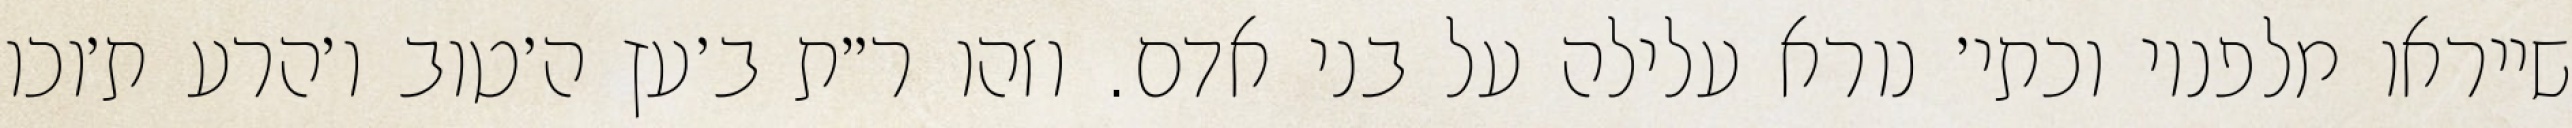
שייראו מלפניו וכתי׳ נורא עלילה על בני אדם. וזהו ר״ת ב׳עץ ה׳טוב ו׳הרע ת׳וכו